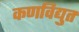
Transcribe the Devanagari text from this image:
कणविद्युत